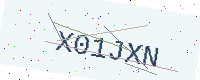
Text: X01JXN